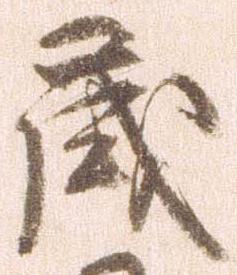
歳